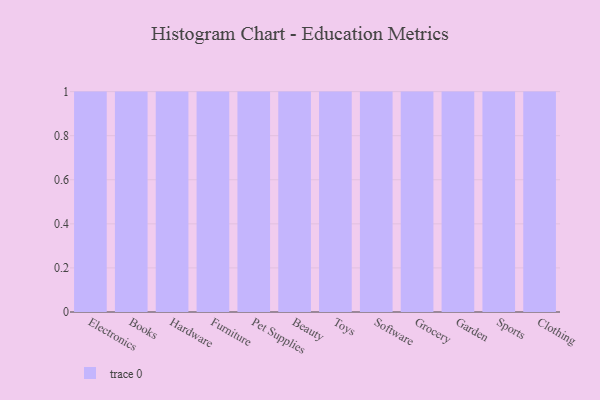
{"axis": {"x": "Category", "y": "Bounce Rate (%)"}, "legend": [""], "data": [{"x": "Electronics", "y": 48, "type": ""}, {"x": "Books", "y": 87, "type": ""}, {"x": "Hardware", "y": 41, "type": ""}, {"x": "Furniture", "y": 3, "type": ""}, {"x": "Pet Supplies", "y": 19, "type": ""}, {"x": "Beauty", "y": 22, "type": ""}, {"x": "Toys", "y": 73, "type": ""}, {"x": "Software", "y": 53, "type": ""}, {"x": "Grocery", "y": 48, "type": ""}, {"x": "Garden", "y": 23, "type": ""}, {"x": "Sports", "y": 96, "type": ""}, {"x": "Clothing", "y": 64, "type": ""}]}